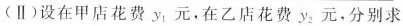
(Ⅱ)设在甲店花费y_{1}，在乙店花费y_{2}元，分别求